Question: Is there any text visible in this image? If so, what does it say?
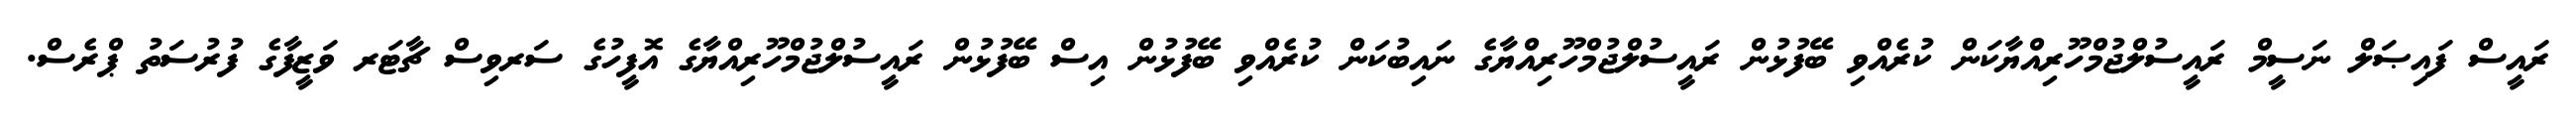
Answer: ރައީސް ފައިޞަލް ނަސީމް ރައީސުލްޖުމްހޫރިއްޔާކަން ކުރެއްވި ބޭފުޅުން ރައީސުލްޖުމްހޫރިއްޔާގެ ނައިބުކަން ކުރެއްވި ބޭފުޅުން އިސް ބޭފުޅުން ރައީސުލްޖުމްހޫރިއްޔާގެ އޮފީހުގެ ސަރވިސް ޗާޓަރ ވަޒީފާގެ ފުރުސަތު ޕްރެސް.